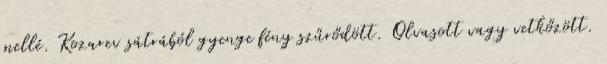
mellé. Kozarev sátrából gyenge fény szűrődött. Olvasott vagy vetkőzött.